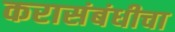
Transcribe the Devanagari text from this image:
करासंबंधीचा